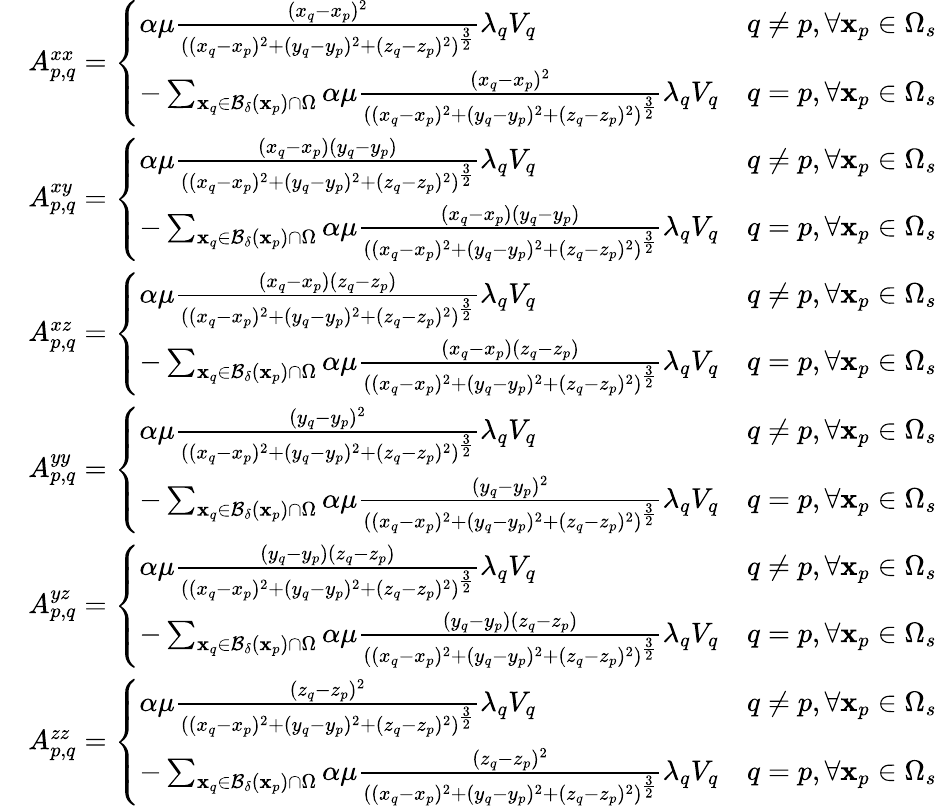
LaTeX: \begin{array}{rl}&{A_{p,q}^{xx}=\left\{ \begin{array}{ll}{\alpha\mu\frac{(x_{q}-x_{p})^{2}}{((x_{q}-x_{p})^{2}+(y_{q}-y_{p})^{2}+(z_{q}-z_{p})^{2})^{\frac{3}{2}}}\lambda_{q}V_{q}}&{q\neq p,\forall\mathbf{x}_{p}\in\Omega_{s}}\\ {-\sum_{\mathbf{x}_{q}\in\mathcal{B_{\delta}}(\mathbf{x}_{p})\cap\Omega}\alpha\mu\frac{(x_{q}-x_{p})^{2}}{((x_{q}-x_{p})^{2}+(y_{q}-y_{p})^{2}+(z_{q}-z_{p})^{2})^{\frac{3}{2}}}\lambda_{q}V_{q}}&{q=p,\forall\mathbf{x}_{p}\in\Omega_{s}}\end{array}\right.}\\ &{A_{p,q}^{xy}=\left\{ \begin{array}{ll}{\alpha\mu\frac{(x_{q}-x_{p})(y_{q}-y_{p})}{((x_{q}-x_{p})^{2}+(y_{q}-y_{p})^{2}+(z_{q}-z_{p})^{2})^{\frac{3}{2}}}\lambda_{q}V_{q}}&{q\neq p,\forall\mathbf{x}_{p}\in\Omega_{s}}\\ {-\sum_{\mathbf{x}_{q}\in\mathcal{B_{\delta}}(\mathbf{x}_{p})\cap\Omega}\alpha\mu\frac{(x_{q}-x_{p})(y_{q}-y_{p})}{((x_{q}-x_{p})^{2}+(y_{q}-y_{p})^{2}+(z_{q}-z_{p})^{2})^{\frac{3}{2}}}\lambda_{q}V_{q}}&{q=p,\forall\mathbf{x}_{p}\in\Omega_{s}}\end{array}\right.}\\ &{A_{p,q}^{xz}=\left\{ \begin{array}{ll}{\alpha\mu\frac{(x_{q}-x_{p})(z_{q}-z_{p})}{((x_{q}-x_{p})^{2}+(y_{q}-y_{p})^{2}+(z_{q}-z_{p})^{2})^{\frac{3}{2}}}\lambda_{q}V_{q}}&{q\neq p,\forall\mathbf{x}_{p}\in\Omega_{s}}\\ {-\sum_{\mathbf{x}_{q}\in\mathcal{B_{\delta}}(\mathbf{x}_{p})\cap\Omega}\alpha\mu\frac{(x_{q}-x_{p})(z_{q}-z_{p})}{((x_{q}-x_{p})^{2}+(y_{q}-y_{p})^{2}+(z_{q}-z_{p})^{2})^{\frac{3}{2}}}\lambda_{q}V_{q}}&{q=p,\forall\mathbf{x}_{p}\in\Omega_{s}}\end{array}\right.}\\ &{A_{p,q}^{yy}=\left\{ \begin{array}{ll}{\alpha\mu\frac{(y_{q}-y_{p})^{2}}{((x_{q}-x_{p})^{2}+(y_{q}-y_{p})^{2}+(z_{q}-z_{p})^{2})^{\frac{3}{2}}}\lambda_{q}V_{q}}&{q\neq p,\forall\mathbf{x}_{p}\in\Omega_{s}}\\ {-\sum_{\mathbf{x}_{q}\in\mathcal{B_{\delta}}(\mathbf{x}_{p})\cap\Omega}\alpha\mu\frac{(y_{q}-y_{p})^{2}}{((x_{q}-x_{p})^{2}+(y_{q}-y_{p})^{2}+(z_{q}-z_{p})^{2})^{\frac{3}{2}}}\lambda_{q}V_{q}}&{q=p,\forall\mathbf{x}_{p}\in\Omega_{s}}\end{array}\right.}\\ &{A_{p,q}^{yz}=\left\{ \begin{array}{ll}{\alpha\mu\frac{(y_{q}-y_{p})(z_{q}-z_{p})}{((x_{q}-x_{p})^{2}+(y_{q}-y_{p})^{2}+(z_{q}-z_{p})^{2})^{\frac{3}{2}}}\lambda_{q}V_{q}}&{q\neq p,\forall\mathbf{x}_{p}\in\Omega_{s}}\\ {-\sum_{\mathbf{x}_{q}\in\mathcal{B_{\delta}}(\mathbf{x}_{p})\cap\Omega}\alpha\mu\frac{(y_{q}-y_{p})(z_{q}-z_{p})}{((x_{q}-x_{p})^{2}+(y_{q}-y_{p})^{2}+(z_{q}-z_{p})^{2})^{\frac{3}{2}}}\lambda_{q}V_{q}}&{q=p,\forall\mathbf{x}_{p}\in\Omega_{s}}\end{array}\right.}\\ &{A_{p,q}^{zz}=\left\{ \begin{array}{ll}{\alpha\mu\frac{(z_{q}-z_{p})^{2}}{((x_{q}-x_{p})^{2}+(y_{q}-y_{p})^{2}+(z_{q}-z_{p})^{2})^{\frac{3}{2}}}\lambda_{q}V_{q}}&{q\neq p,\forall\mathbf{x}_{p}\in\Omega_{s}}\\ {-\sum_{\mathbf{x}_{q}\in\mathcal{B_{\delta}}(\mathbf{x}_{p})\cap\Omega}\alpha\mu\frac{(z_{q}-z_{p})^{2}}{((x_{q}-x_{p})^{2}+(y_{q}-y_{p})^{2}+(z_{q}-z_{p})^{2})^{\frac{3}{2}}}\lambda_{q}V_{q}}&{q=p,\forall\mathbf{x}_{p}\in\Omega_{s}}\end{array}\right.}\end{array}